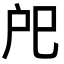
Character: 戺